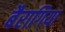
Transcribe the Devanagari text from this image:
बैरागिया